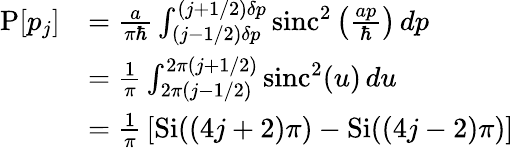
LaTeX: {\begin{array}{rl}{\operatorname{P}[p_{j}]}&{={\frac{a}{\pi\hbar}}\int_{(j-1/2)\delta p}^{(j+1/2)\delta p}\operatorname{sinc}^{2}\left({\frac{ap}{\hbar}}\right)\, dp}\\ &{={\frac{1}{\pi}}\int_{2\pi(j-1/2)}^{2\pi(j+1/2)}\operatorname{sinc}^{2}(u)\, du}\\ &{={\frac{1}{\pi}}\left[\operatorname{Si}((4j+2)\pi)-\operatorname{Si}((4j-2)\pi)\right]}\end{array}}